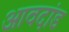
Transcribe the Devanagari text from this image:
आवदांड